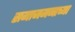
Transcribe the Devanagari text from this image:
समाजमनाच्या